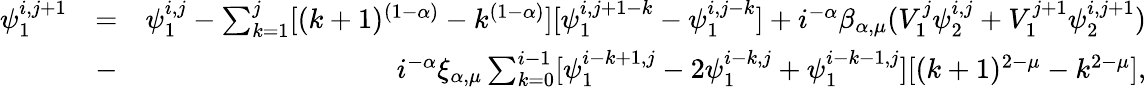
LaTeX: \begin{array}{rlr}{\psi_{1}^{i,j+1}}&{=}&{\psi_{1}^{i,j}-\sum_{k=1}^{j}[(k+1)^{(1-\alpha)}-k^{(1-\alpha)}][\psi_{1}^{i,j+1-k}-\psi_{1}^{i,j-k}]+i^{-\alpha}\beta_{\alpha,\mu}(V_{1}^{j}\psi_{2}^{i,j}+V_{1}^{j+1}\psi_{2}^{i,j+1})}\\ &{-}&{i^{-\alpha}\xi_{\alpha,\mu}\sum_{k=0}^{i-1}[\psi_{1}^{i-k+1,j}-2\psi_{1}^{i-k,j}+\psi_{1}^{i-k-1,j}][(k+1)^{2-\mu}-k^{2-\mu}],}\end{array}